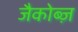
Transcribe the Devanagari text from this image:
जैकोब्ज़